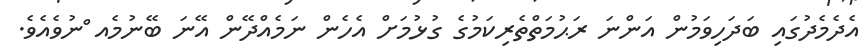
އެދެމެދުގައި ބަދަހިވަމުން އަންނަ ރަޙުމަތްތެރިކަމުގެ ގުޅުމަށް އެހެން ނަމެއްދޭން އޭނަ ބޭނުމެއ ްނުވެއެވެ.